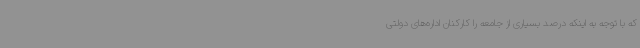
که با توجه به اینکه درصد بسیاری از جامعه را کارکنان اداره‌های دولتی